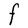
Character: F